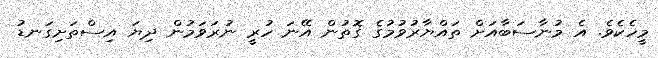
މީހެކެވެ. އެ މުނާސަބާއަށް ތައްޔާރުވުމުގެ ގޮތުން އޭނަ ހުރީ ނުރަވަމުން ދިޔަ އިސްތަށިގަނޑު